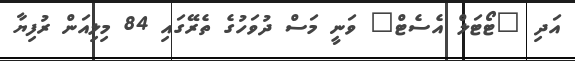
އަދި "ޓޯޓަލް އެސެޓް" ވަނީ މަސް ދުވަހުގެ ތެރޭގައި 84 މިލިއަން ރުފިޔާ